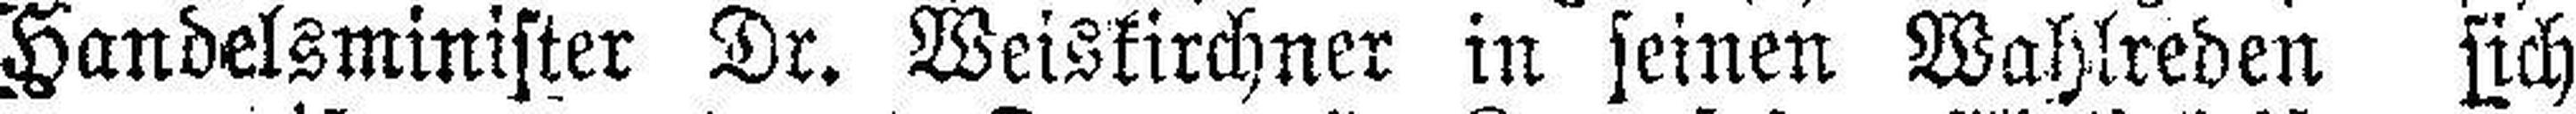
Handelsminister Dr. Weiskirchner in seinen Wahlreden sich